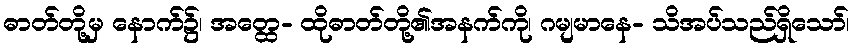
ဓာတ်တို့မှ နောက်၌၊ အတ္ထေ- ထိုဓာတ်တို့၏အနက်ကို၊ ဂမျမာနေ- သိအပ်သည်ရှိသော်၊